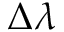
\Delta \lambda